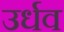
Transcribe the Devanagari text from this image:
उर्धव